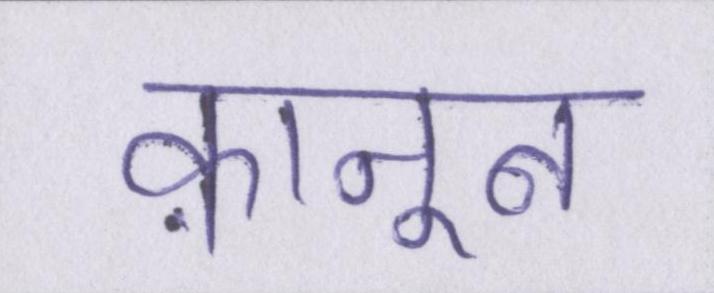
क़ानून